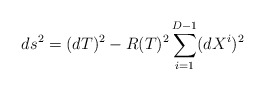
\begin{align*}ds^2 = (dT)^2 - R(T)^2 \sum_{i=1}^{D-1}(dX^i)^2\end{align*}